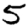
Digit: 5